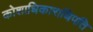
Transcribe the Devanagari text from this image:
कोशाधिकाराधिपति